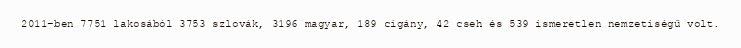
2011-ben 7751 lakosából 3753 szlovák, 3196 magyar, 189 cigány, 42 cseh és 539 ismeretlen nemzetiségű volt.